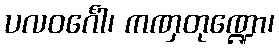
ပလဝင်္ဂေါ၊ ကဏှတုဏ္ဍော၊